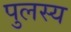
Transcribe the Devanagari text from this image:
पुलस्य